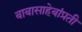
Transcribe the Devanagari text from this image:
बाबासाहेबांप्रती